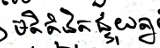
មតិគំនិតផ្ទុយគ្នា